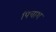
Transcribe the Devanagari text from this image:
पिचाश